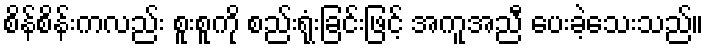
စိန်စိန်းကလည်း စူးစူကို စည်းရုံးခြင်းဖြင့် အကူအညီ ပေးခဲ့သေးသည်။